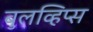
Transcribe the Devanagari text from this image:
बुलव्हिप्स